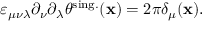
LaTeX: \varepsilon _ { \mu \nu \lambda } \partial _ { \nu } \partial _ { \lambda } \theta ^ { \mathrm { s i n g . } } ( { \bf x } ) = 2 \pi \delta _ { \mu } ( { \bf x } ) .